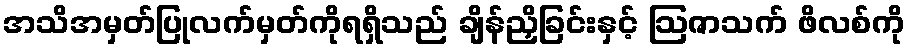
အသိအမှတ်ပြုလက်မှတ်ကိုရရှိသည် ချိန်ညှိခြင်းနှင့် ဩဇာသက် ဖိလစ်ကို